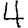
Digit: 4